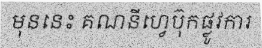
មុននេះ គណនីហ្វេប៊ុកផ្លូវការ